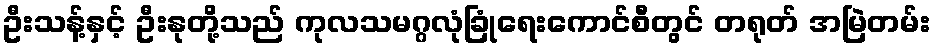
ဦးသန့်နှင့် ဦးနုတို့သည် ကုလသမဂ္ဂလုံခြုံရေးကောင်စီတွင် တရုတ် အမြဲတမ်း